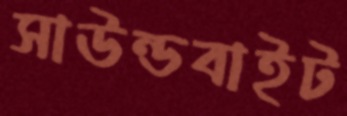
সাউন্ডবাইট